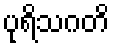
ပုရိသဂတိ